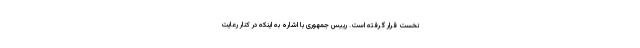
نخست قرار گرفته است. رییس جمهوری با اشاره به اینکه در کنار رعایت